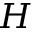
H